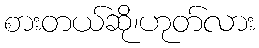
စားတယ်ဆို၊ဟုတ်လား